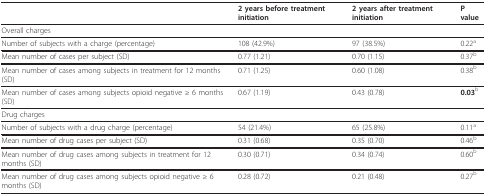
<table><thead><tr><td></td><td><b>2 years before treatment initiation</b></td><td><b>2 years after treatment initiation</b></td><td><b>P value</b></td></tr></thead><tbody><tr><td colspan="4">Overall charges</td></tr><tr><td>Number of subjects with a charge (percentage)</td><td>108 (42.9%)</td><td>97 (38.5%)</td><td>0.22<sup>a</sup></td></tr><tr><td>Mean number of cases per subject (SD)</td><td>0.77 (1.21)</td><td>0.70 (1.15)</td><td>0.37<sup>b</sup></td></tr><tr><td>Mean number of cases among subjects in treatment for 12 months (SD)</td><td>0.71 (1.25)</td><td>0.60 (1.08)</td><td>0.38<sup>b</sup></td></tr><tr><td>Mean number of cases among subjects opioid negative ≥ 6 months (SD)</td><td>0.67 (1.19)</td><td>0.43 (0.78)</td><td><b>0.03</b><sup>b</sup></td></tr><tr><td colspan="4">Drug charges</td></tr><tr><td>Number of subjects with a drug charge (percentage)</td><td>54 (21.4%)</td><td>65 (25.8%)</td><td>0.11<sup>a</sup></td></tr><tr><td>Mean number of drug cases per subject (SD)</td><td>0.31 (0.68)</td><td>0.35 (0.70)</td><td>0.46<sup>b</sup></td></tr><tr><td>Mean number of drug cases among subjects in treatment for 12 months (SD)</td><td>0.30 (0.71)</td><td>0.34 (0.74)</td><td>0.60<sup>b</sup></td></tr><tr><td>Mean number of drug cases among subjects opioid negative ≥ 6 months (SD)</td><td>0.28 (0.72)</td><td>0.21 (0.48)</td><td>0.27<sup>b</sup></td></tr></tbody></table>